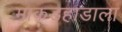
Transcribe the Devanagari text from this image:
माकडहाडाला